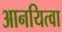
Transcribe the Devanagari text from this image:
आनयित्वा